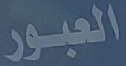
العبور